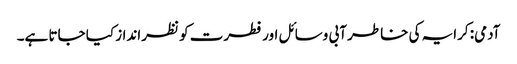
آدمی: کرایہ کی خاطر آبی وسائل اور فطرت کو نظرانداز کیا جاتا ہے۔